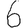
Digit: 6